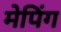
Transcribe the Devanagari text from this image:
मेपिंग